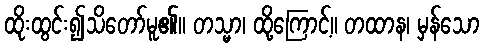
ထိုးထွင်း၍သိတော်မူ၏။ တသ္မာ၊ ထို့ကြောင့်။ တထာန၊ မှန်သော